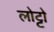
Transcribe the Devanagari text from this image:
लोट्टो